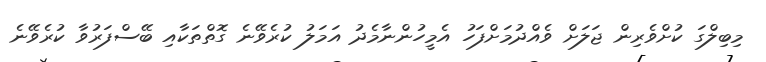
މިބިލްގަ ކުށްވެރިން ޖަލަށް ވެއްދުމަށްފަހު އެމީހުންނާމެދު އަމަލު ކުރެވޭނެ ގޮތްތަކާއި ބޭސްފަރުވާ ކުރެވޭނެ